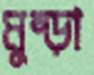
মুষ্‌ড়া